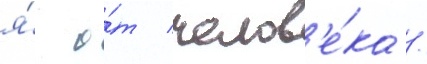
я́ о́т челов'е́ка /